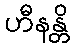
ဟီနန္တိ